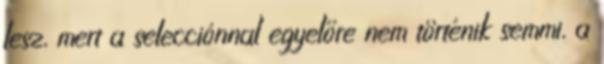
lesz, mert a selecciónnal egyelőre nem történik semmi, a